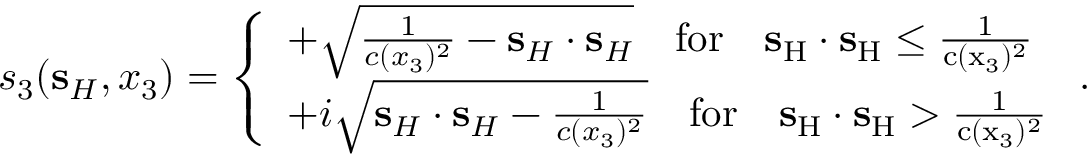
s _ { 3 } ( { \bf s } _ { H } , x _ { 3 } ) = \left\{ \begin{array} { l l } { + \sqrt { \frac { 1 } { c ( x _ { 3 } ) ^ { 2 } } - { \bf s } _ { H } \cdot { \bf s } _ { H } } \quad \mathrm { { f o r } \quad { \bf s } _ { H } \cdot { \bf s } _ { H } \leq \frac { 1 } { c ( x _ { 3 } ) ^ { 2 } } } } \\ { + i \sqrt { { \bf s } _ { H } \cdot { \bf s } _ { H } - \frac { 1 } { c ( x _ { 3 } ) ^ { 2 } } } \quad \mathrm { { f o r } \quad { \bf s } _ { H } \cdot { \bf s } _ { H } > \frac { 1 } { c ( x _ { 3 } ) ^ { 2 } } } } \end{array} \right. .